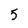
Character: 5